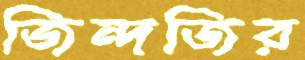
জিন্দজির